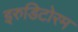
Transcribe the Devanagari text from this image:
इरुडिटोरम